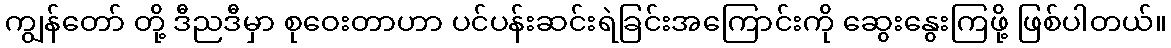
ကျွန်တော် တို့ ဒီညဒီမှာ စုဝေးတာဟာ ပင်ပန်းဆင်းရဲခြင်းအကြောင်းကို ဆွေးနွေးကြဖို့ ဖြစ်ပါတယ်။